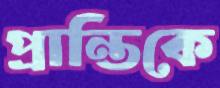
প্রান্তিকে